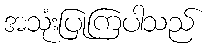
အသုံးပြုကြပါသည်